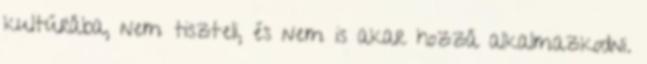
kultúrába, nem tiszteli, és nem is akar hozzá alkalmazkodni.